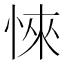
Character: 𢜞